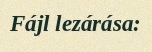
Fájl lezárása: